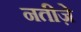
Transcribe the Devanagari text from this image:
नतीज़े